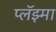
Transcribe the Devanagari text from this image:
प्लॅझ्मा